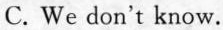
C.We don't know.